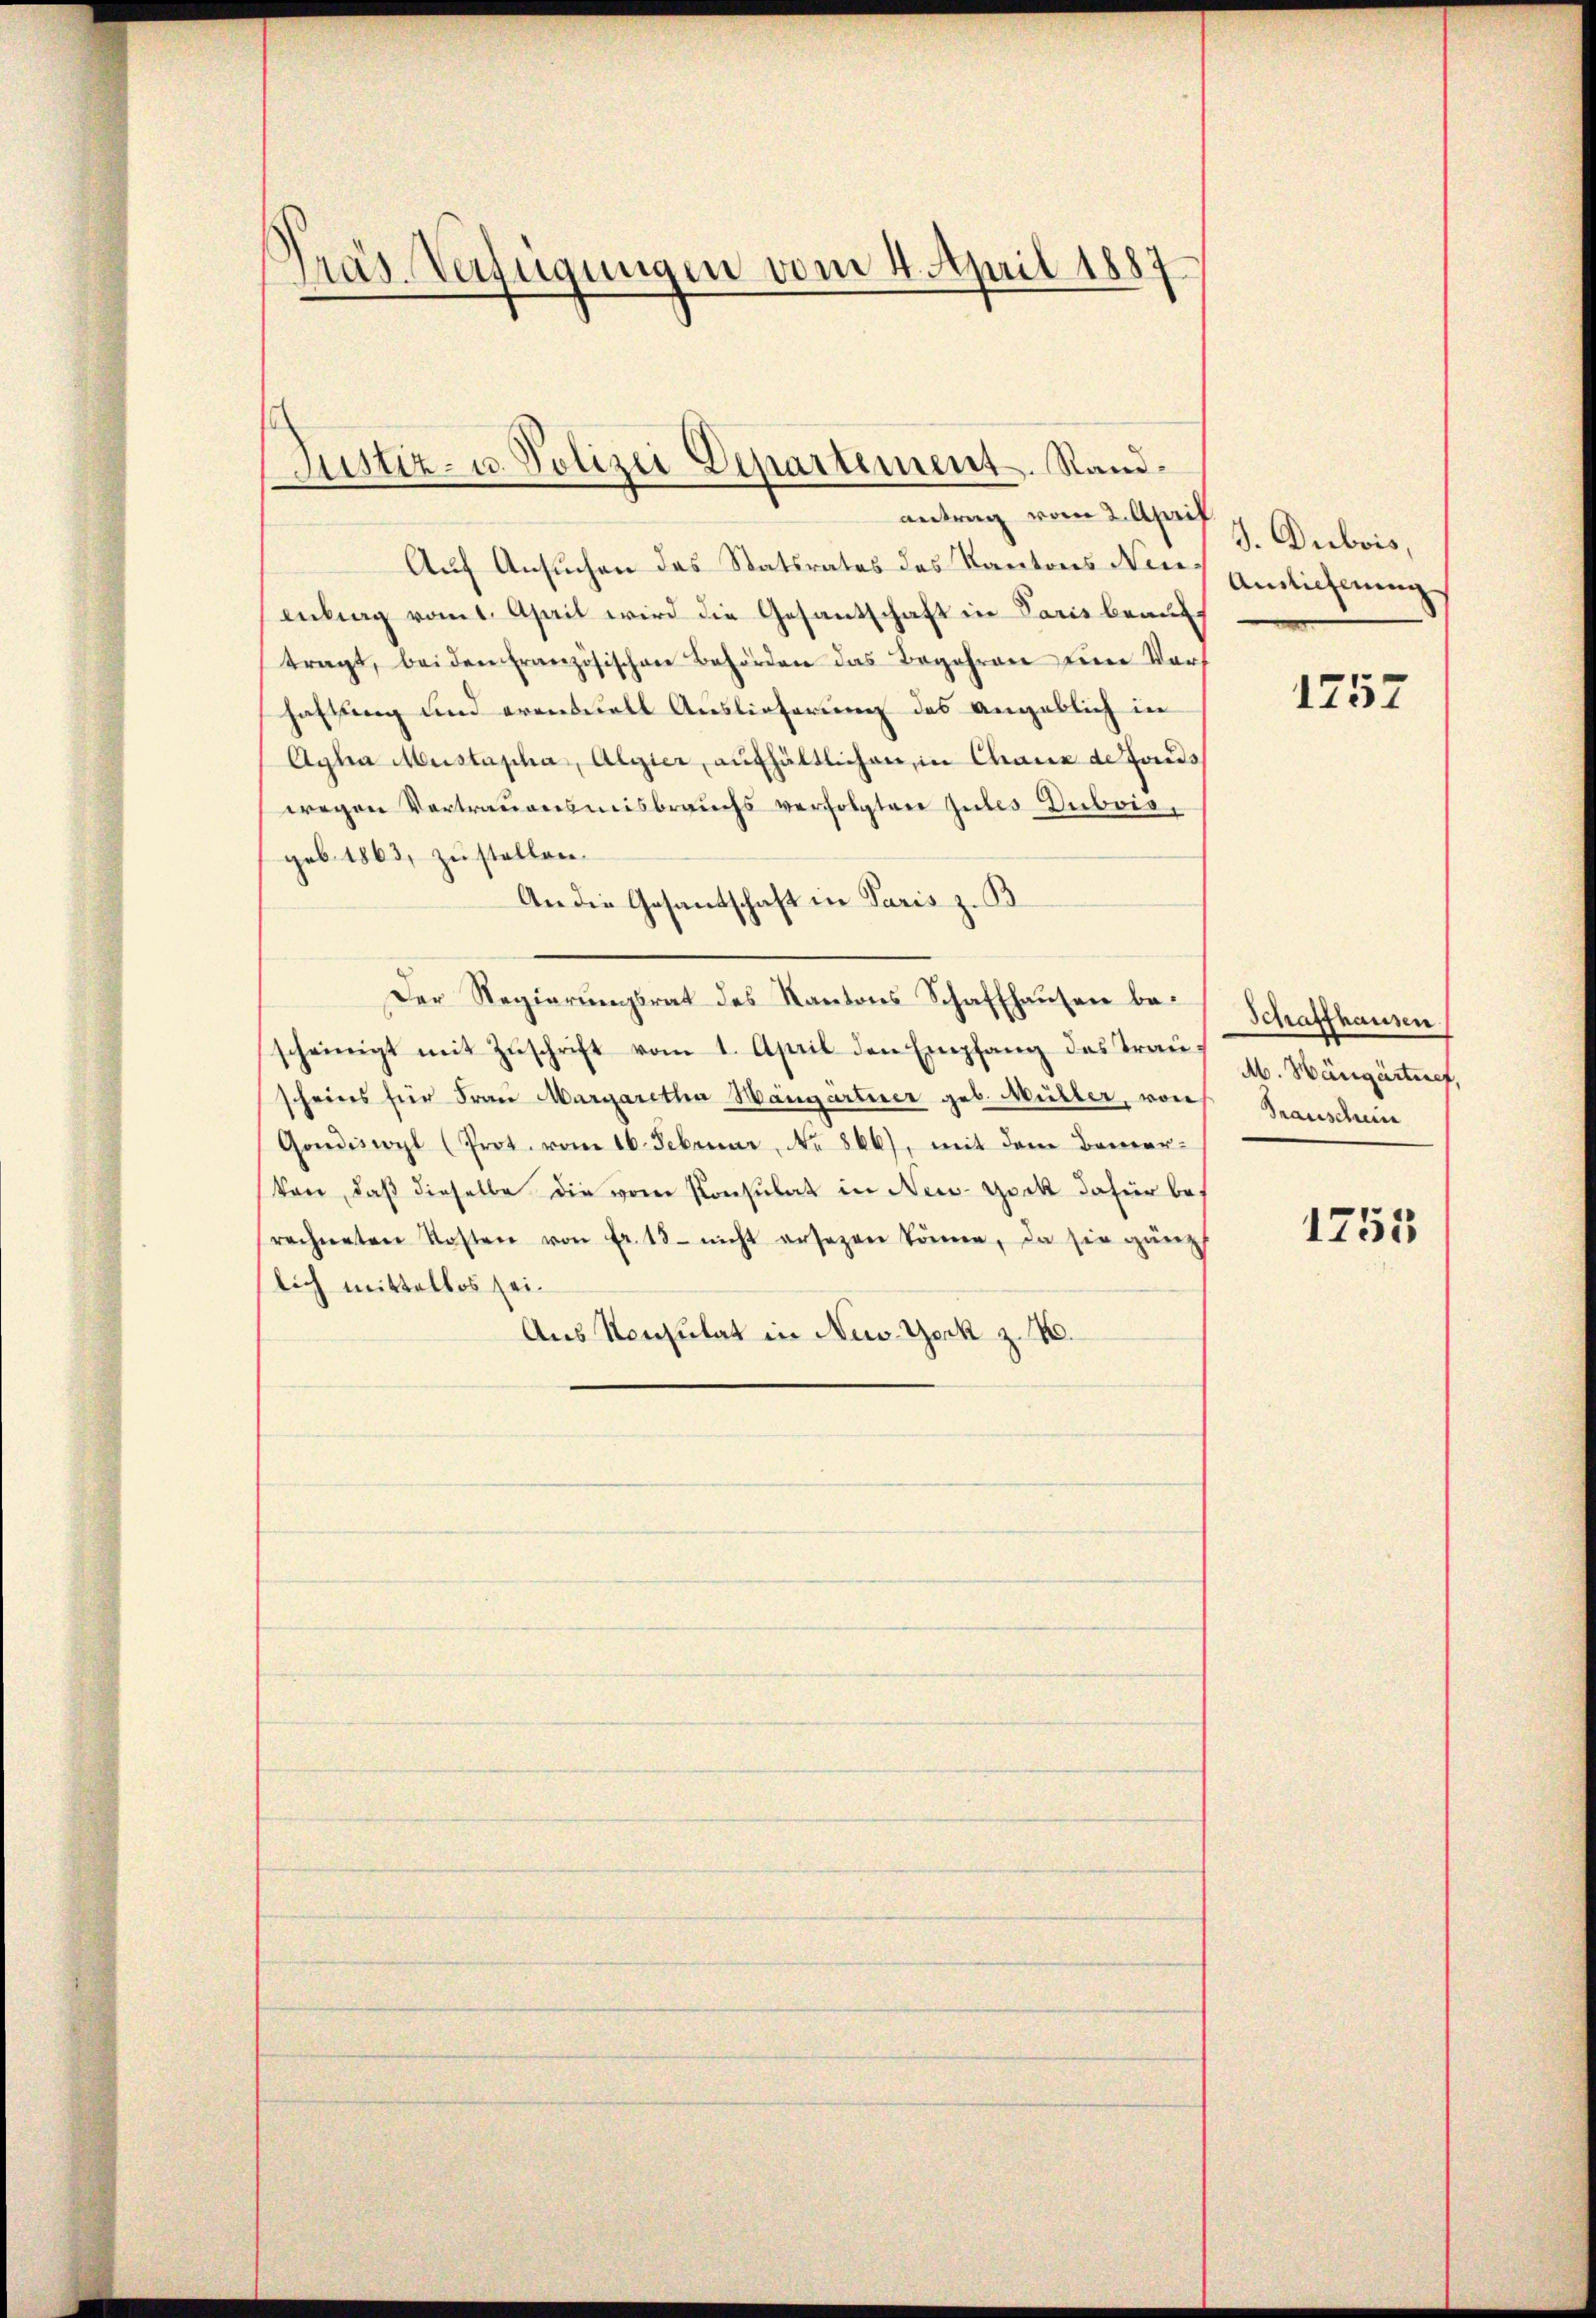
Präs. Verfügungen vom 4. April 1887

Justiz- u. Polizei Departement. Sandantrag vom 2. April

Auf Ansuchen des Statsrates des Kantons Neuentrag vom 1. April wird die Gesantschaft in Paris beauf
tragt, beiden Französischen Behörden das Begehren eine Vorf
haftung und eventuell Auslieferung des angeblich in
Agha Mustapha, Algier, aufhältlichen, in Chaux de Fonds
wegen Vertrauensmisbrauchs verfolgten Gutes Dubois,
geb. 1863, zu stellen.
An die Gesandtschaft in Paris z. B.
Der Regierŭngsrat des Kantons Schaffhaŭsen be-
scheinigt mit Zuschrift vom 1. April den Empfang des Frau u. Hängärtnef,
scheines für Frau Margaretha Hängartner geb. Müller, von
Gondiscopl (Prot. vom 16. Februar, No 866), mit dem Bemervon, daß dieselbe die vom Konsulat in New-York dafür berechneten Kosten von fr. 13 - nicht ersezen können, da sie gänz
lich mittellos sei¬
Aus Konsulat in New-York z. 10.

J. Dubois,
Ainlicherung
1757

Schaffhausen.
Prauschein

1755